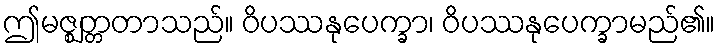
ဤမဇ္ဈတ္တတာသည်။ ဝိပဿနုပေက္ခာ၊ ဝိပဿနုပေက္ခာမည်၏။